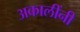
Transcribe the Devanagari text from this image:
अकालींनी